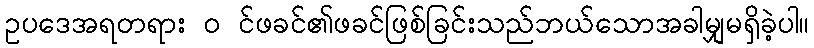
ဥပဒေအရတရား ၀ င်ဖခင်၏ဖခင်ဖြစ်ခြင်းသည်ဘယ်သောအခါမျှမရှိခဲ့ပါ။